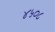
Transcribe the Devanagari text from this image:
४५०८